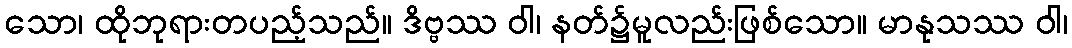
သော၊ ထိုဘုရားတပည့်သည်။ ဒိဗ္ဗဿ ဝါ၊ နတ်၌မူလည်းဖြစ်သော။ မာနုသဿ ဝါ၊